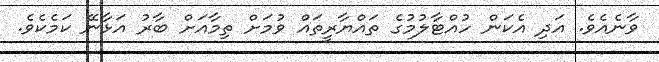
ވާނެއެވެ. އަދި އެކަން ހުއްޓާލުމުގެ ތައްޔާރީތައް ވުމަށް ތިމާއަށް ބާރު އަޅާނޭ ކަމެކެވެ.